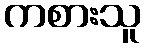
ကစားသူ